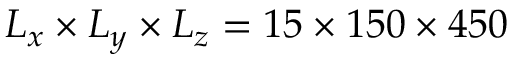
L _ { x } \times L _ { y } \times L _ { z } = 1 5 \times 1 5 0 \times 4 5 0